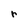
Character: r